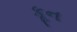
કૂન